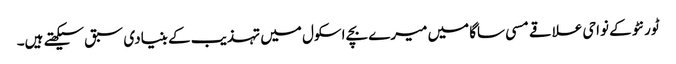
ٹورنٹو کے نواحی علاقے مسی ساگا میں میرے بچے اسکول میں تہذیب کے بنیادی سبق سیکھتے ہیں۔